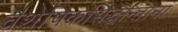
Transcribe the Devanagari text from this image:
वैशेषिकसिद्धान्तानां